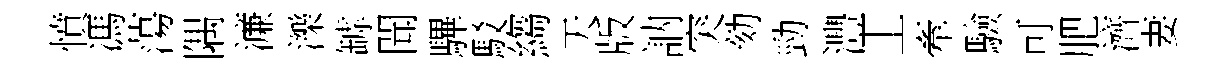
憤馮蕩隅濓濼罅聞驆駁縐天版訥突劾勁灃丄牽驗可肥濟妻